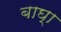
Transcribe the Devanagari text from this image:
बाघ्‍ा